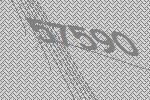
57590